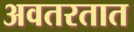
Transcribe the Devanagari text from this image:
अवतरतात